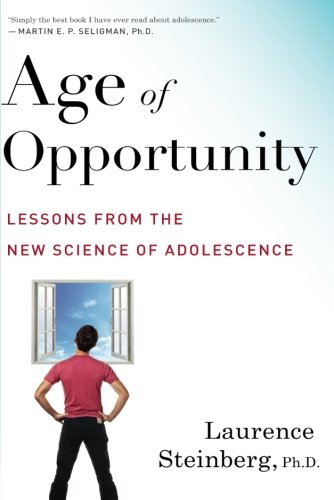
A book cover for Age of Opportunity: Lessons from the New Science of Adolescence; Laurence Steinberg; Parenting & Relationships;